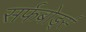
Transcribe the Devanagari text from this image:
सर्फबोर्ड्स